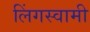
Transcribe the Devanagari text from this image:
लिंगस्वामी